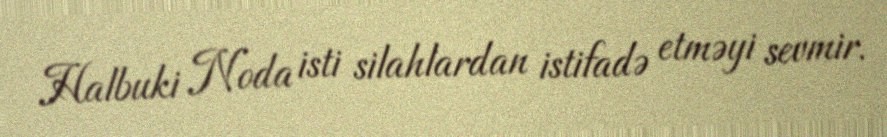
Halbuki Noda isti silahlardan istifadə etməyi sevmir.